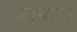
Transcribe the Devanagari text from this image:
जापान्ड